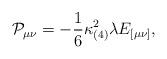
LaTeX: \begin{align*}{\cal P}_{\mu\nu} = - \frac{1}{6} \kappa^2_{(4)} \lambda E_{[\mu\nu]},\end{align*}